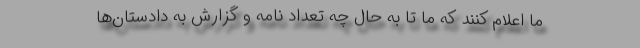
ما اعلام کنند که ما تا به حال چه تعداد نامه و گزارش به دادستان‌ها